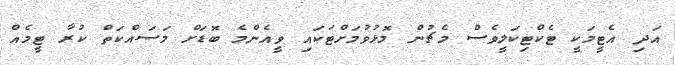
އަދި އެޓީމަކީ ޓެކްޓިކަލީވެސް މެޗުން މޮޅުވުމަށްޓަކައި ވީއެންމެ ބޮޑަށް މަސައްކަތް ކުރާ ޓީމެއް